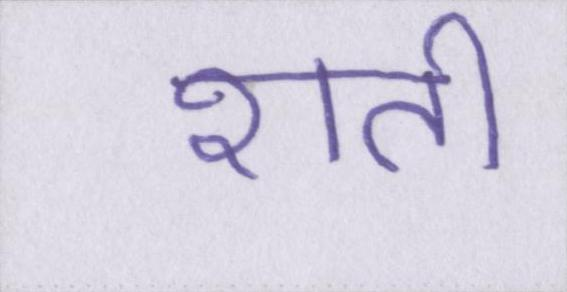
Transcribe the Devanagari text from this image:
शती